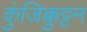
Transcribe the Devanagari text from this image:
कुंजिक्कुट्टन